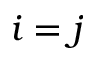
i = j